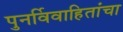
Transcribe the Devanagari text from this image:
पुनर्विवाहितांचा